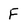
Character: F